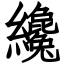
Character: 纔